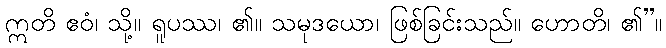
ဣတိ ဧဝံ၊ သို့။ ရူပဿ၊ ၏။ သမုဒယော၊ ဖြစ်ခြင်းသည်။ ဟောတိ၊ ၏”။